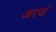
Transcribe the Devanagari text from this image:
अत्यं